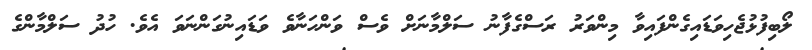
ލޯބިފުޅުޖެހިވަޑައިގެންފައިވާ މިންވަރު ރަސްގެފާނު ސަލްމާނަށް ވެސް ވަންހަނާވެ ވަޑައިނުގަންނަވަ އެވެ. ހުދު ސަލްމާންގެ